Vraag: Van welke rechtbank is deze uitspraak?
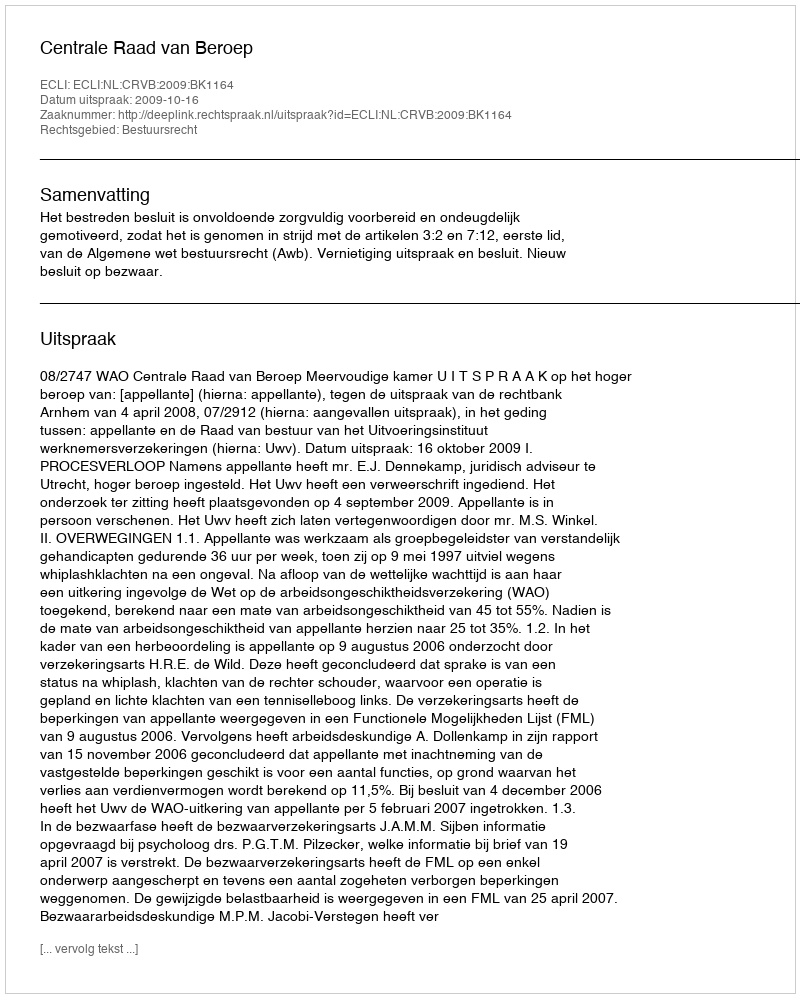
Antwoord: Centrale Raad van Beroep